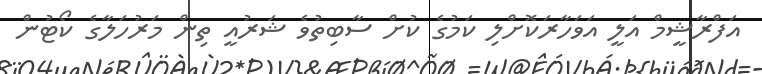
އަފްރާޝީމް އަލީ އަވަހާރަކޮށްލި ކަމުގެ ކުށް ސާބިތުވެ ޝަރުއީ ތިން މަރުހަލާގެ ކޯޓުން